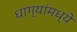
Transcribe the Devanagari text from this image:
धाग्यांमध्ये